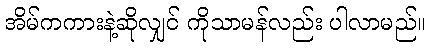
အိမ်ကကားနဲ့ဆိုလျှင် ကိုသာမန်လည်း ပါလာမည်။